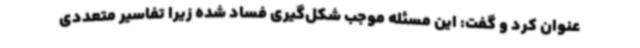
عنوان کرد و گفت: این مسئله موجب شکل‌گیری فساد شده زیرا تفاسیر متعددی